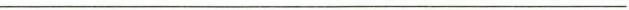
___